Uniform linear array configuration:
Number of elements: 8
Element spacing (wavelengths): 0.25
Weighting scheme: kaiser
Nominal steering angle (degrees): -60
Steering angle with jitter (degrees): -60.524
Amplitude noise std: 0.05
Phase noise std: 0.05

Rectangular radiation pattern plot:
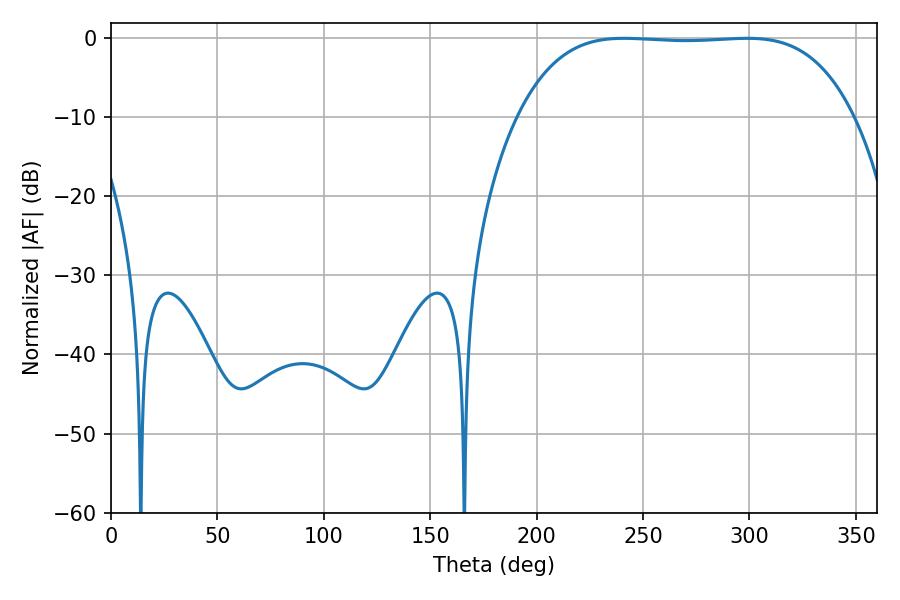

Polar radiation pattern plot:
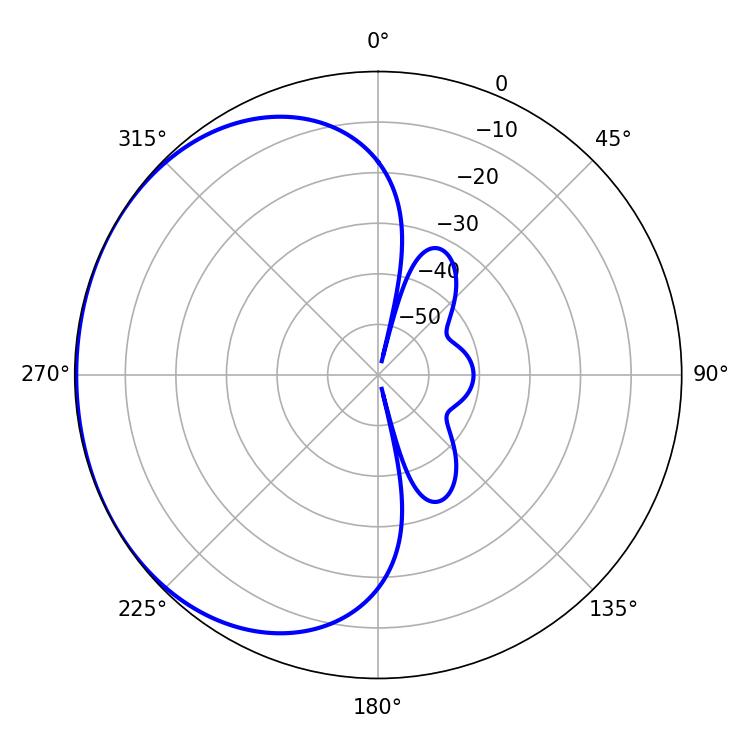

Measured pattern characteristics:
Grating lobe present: FALSE
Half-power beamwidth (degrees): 122.4
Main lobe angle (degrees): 298.98